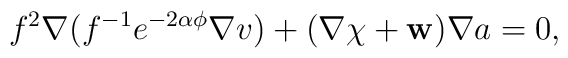
f^2\nabla (f^{-1}e^{-2\alpha\phi}\nabla v)+(\nabla\chi +{\bf w})\nabla a=0,